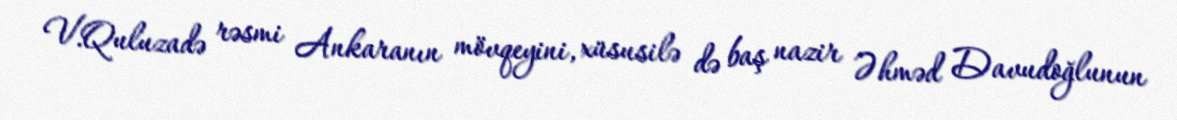
V.Quluzadə rəsmi Ankaranın mövqeyini, xüsusilə də baş nazir Əhməd Davudoğlunun